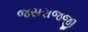
જસરાજજી